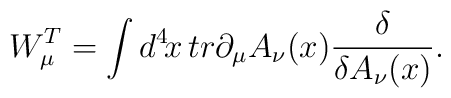
W_\mu^T = \int d^4\!x\, tr \partial_\mu A_\nu(x){\delta\over \delta A_\nu(x)}.